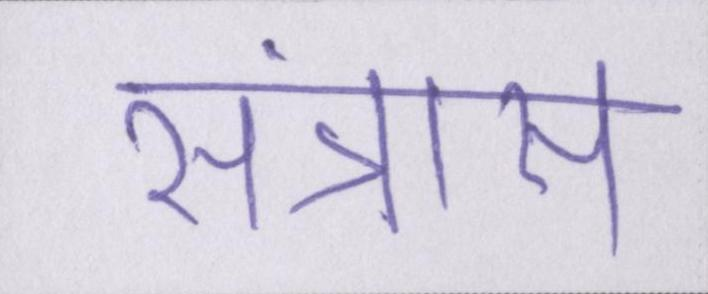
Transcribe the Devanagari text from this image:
संत्रास